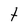
Character: t